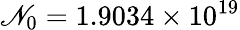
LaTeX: \mathscr{N}_{0}=1.9034\times10^{19}